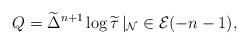
LaTeX: \begin{gather*}Q=\widetilde{\Delta}^{n+1}\log\widetilde\tau\, |_{\mathcal{N}}\in\mathcal{E}(-n-1),\end{gather*}